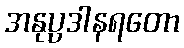
အနုပ္ပဒါနရတော